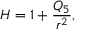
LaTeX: H = 1 + \frac { Q _ { 5 } } { r ^ { 2 } } ,